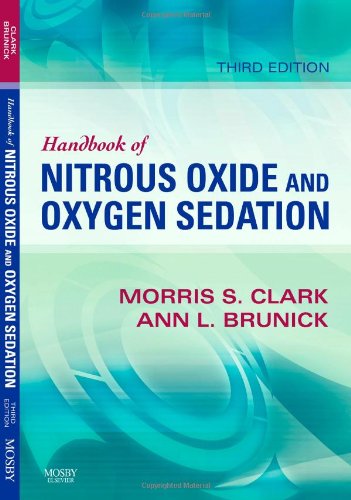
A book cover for Handbook of Nitrous Oxide and Oxygen Sedation, 3e; Morris S. Clark DDS  FACD; Medical Books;